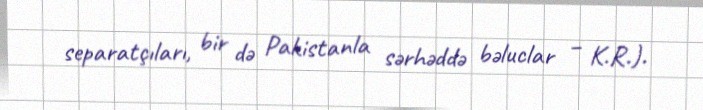
separatçıları, bir də Pakistanla sərhəddə bəluclar – K.R.).